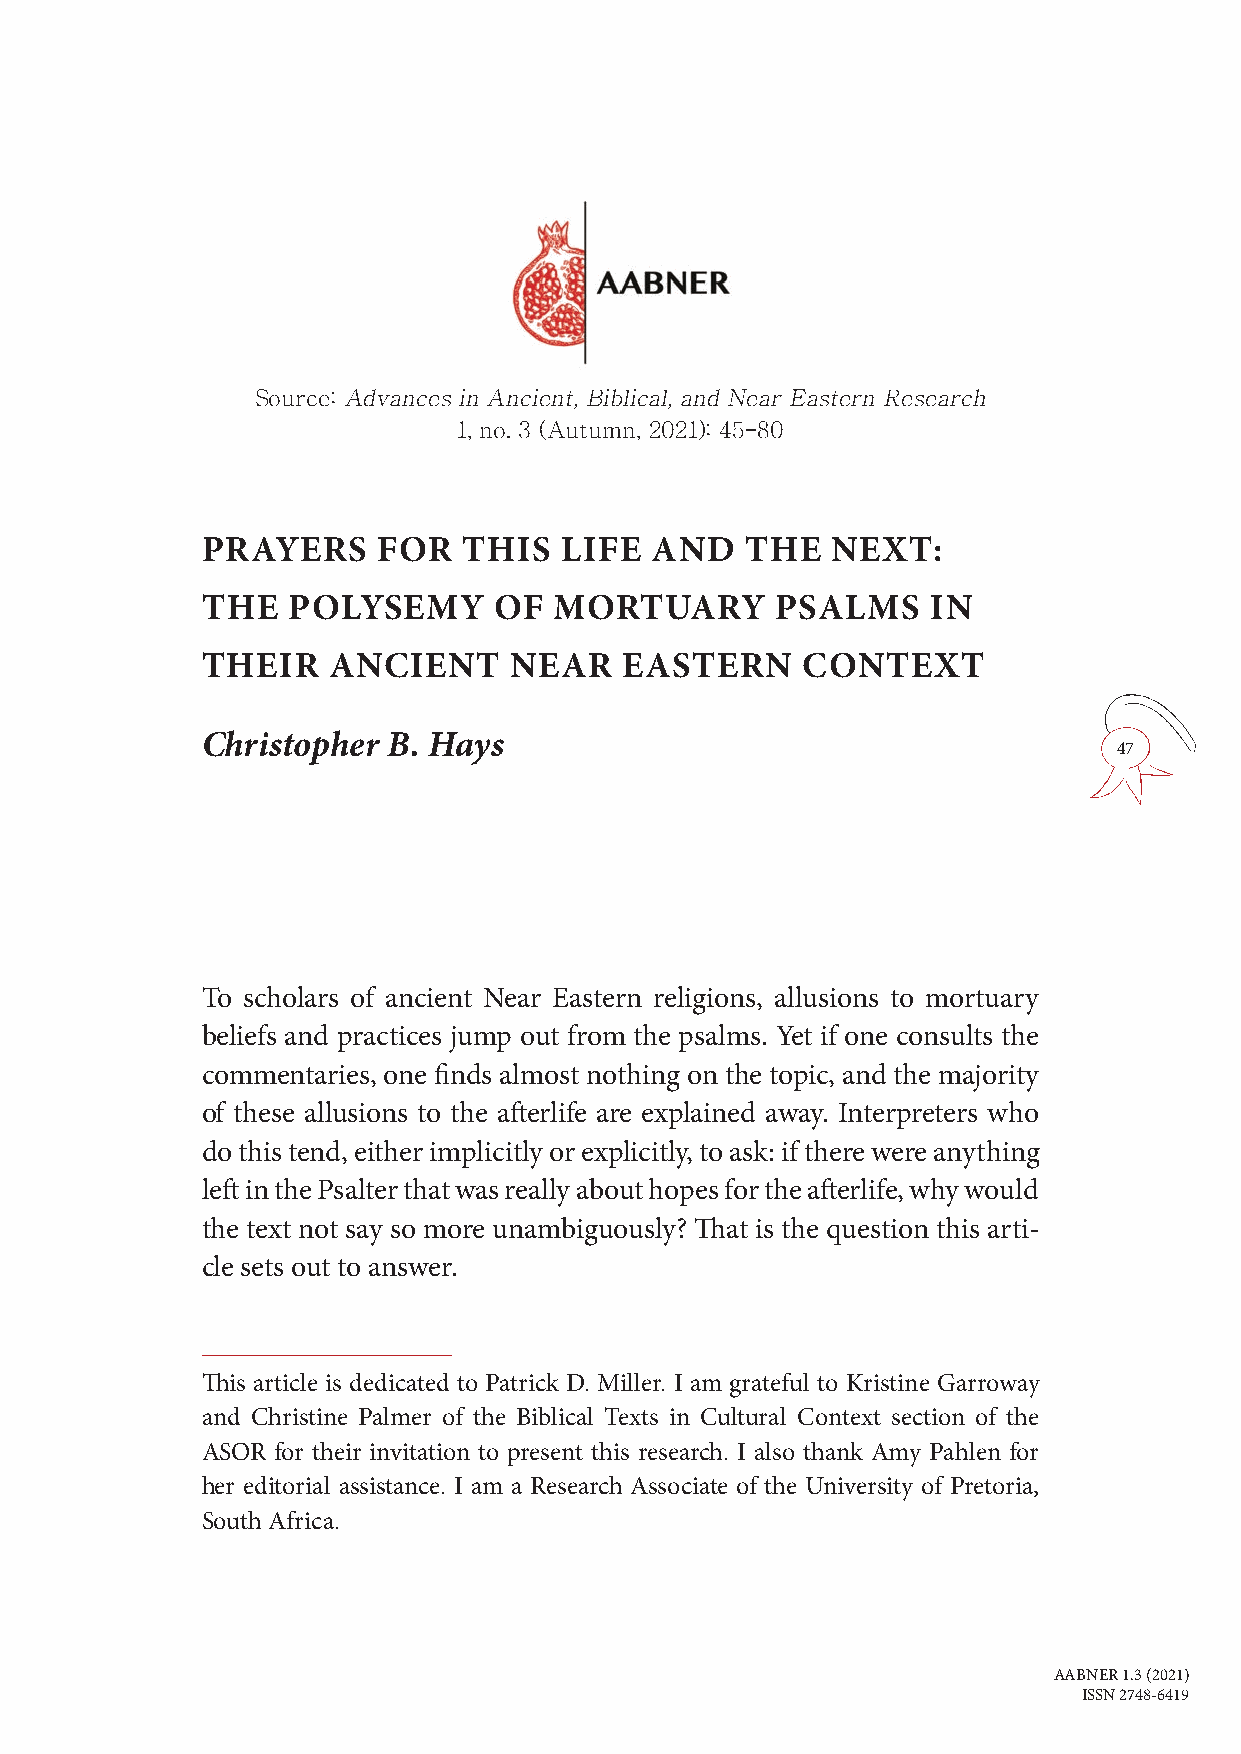
Source: Advances in Ancient, Biblical, and Near Eastern Research
 1, no. 3 (Autumn, 2021): 45–80
 PRAYERS     FOR   THIS  LIFE  AND   THE   NEXT:
 THE   POLYSEMY      OF  MORTUARY      PSALMS     IN
 THEIR    ANCIENT     NEAR   EASTERN     CONTEXT
 Christopher  B. Hays
 47
 To scholars of ancient Near Eastern religions, allusions to mortuary
 beliefs and practices jump out from the psalms. Yet if one consults the
 commentaries, one finds almost nothing on the topic, and the majority
 of these allusions to the afterlife are explained away. Interpreters who
 do this tend, either implicitly or explicitly, to ask: if there were anything
 left in the Psalter that was really about hopes for the afterlife, why would
 the text not say so more unambiguously? That is the question this arti-
 cle sets out to answer.
 This article is dedicated to Patrick D. Miller. I am grateful to Kristine Garroway
 and Christine Palmer of the Biblical Texts in Cultural Context section of the
 ASOR for their invitation to present this research. I also thank Amy Pahlen for
 her editorial assistance. I am a Research Associate of the University of Pretoria,
 South Africa.
 AABNER 1.3 (2021)
 ISSN 2748-6419